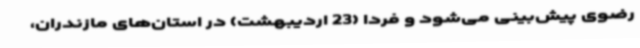
رضوی پیش‌بینی می‌شود و فردا (23 اردیبهشت) در استان‌های مازندران،